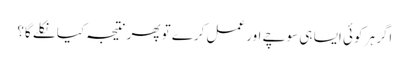
اگر ہر کوئی ایسا ہی سوچے اور عمل کرے تو پھر نتیجہ کیا نکلے گا؟